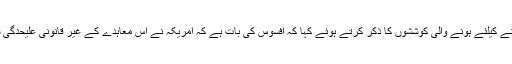
انہوں نے گزشتہ 12 سالوں کے دوران، جوہری معاہدے طے پانے کیلئے ہونے والی کوششوں کا ذکر کرتے ہوئے کہا کہ افسوس کی بات ہے کہ امریکہ نے اس معاہدے کے غیر قانونی علیحدگی سے اس کے مکمل نفاذ کی راہ میں بہت بڑی رکاوٹیں حائل کیں۔